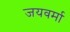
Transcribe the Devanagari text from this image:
जयवर्मा